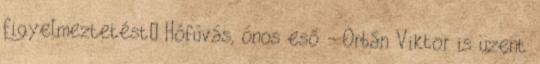
figyelmeztetést Hófúvás, ónos eső - Orbán Viktor is üzent